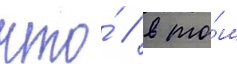
что́ / в то́м